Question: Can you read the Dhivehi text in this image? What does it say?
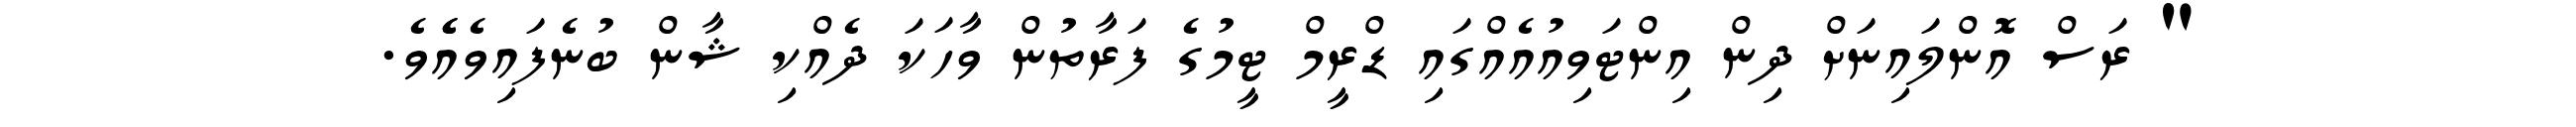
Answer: " ރަސް އޮންލައިނަށް ދިން އިންޓަވިއުއެއްގައި ޑްރީމް ޓީމުގެ ފަރާތުން ވާހަކަ ދެއްކި ޝާން ބުނެފައިވެއެެވެ.